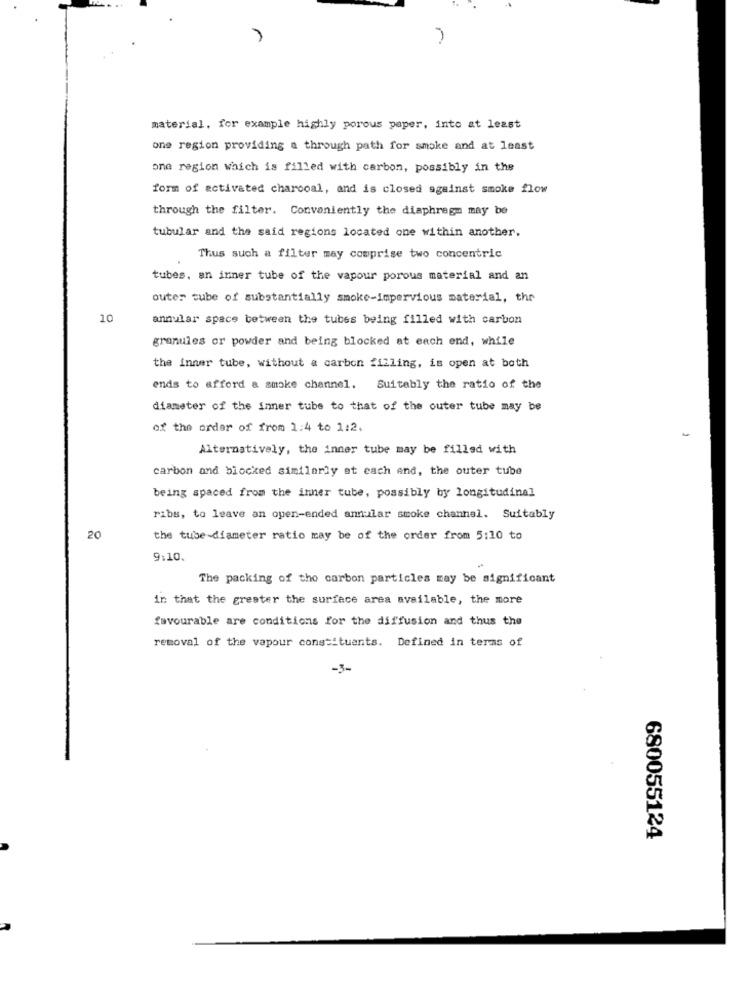
material. for example highly porous paper, into at least
one region providing a through path for smoke and at least
one region which is filled with carbon, possibly in the
form of activated charcoal, and is closed against smoke flow
through the filter. Conveniently the diaphragm may be
tubular and the said regions located one within another.
Thus such a filter may comprise two concentric
tubes, an inner tube of the vapour porous material and an
outer tube of substantially smoke-impervious material, the
10
annular space between the tubes being filled with carbon
granules or powder and being blocked at each end, while
the inner tube, without a carbon filling, is open at both
ends to afford a smoke channel. Suitably the ratio of the
diameter of the inner tube to that of the outer tube may be
of the order of from 1:4 to 1:2.
Alternatively, the inner tube may be filled with
carbon and blocked similarly at each and, the outer tube
being spaced from the inner tube, possibly by longitudinal
ribs, to leave an open-ended anular smoke channel. Suitably
20
the tube-diameter ratio may be of the order from 5:10 to
9:10.
The packing of the carbon particles may be significant
in that the greater the surface area available, the more
favourable are conditions for the diffusion and thus the
removal of the vapour constituants. Defined in terms of
-3-
680055124